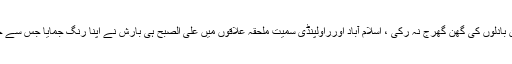
ساون بیت گیا لیکن بادلوں کی گھن گھرج نہ رکی ، اسلام آباد اورراولپنڈی سمیت ملحقہ علاقوں میں علی الصبح ہی بارش نے اپنا رنگ جمایا جس سے جل تھل ایک ہوگیا۔